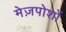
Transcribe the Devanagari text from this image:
मेज़पोशों